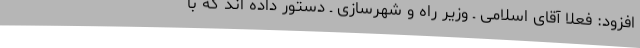
افزود: فعلا آقای اسلامی ـ وزیر راه و شهرسازی ـ دستور داده اند که با